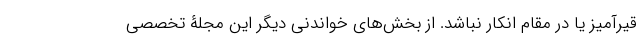
قیرآمیز یا در مقام انکار نباشد. از بخش‌های خواندنی دیگر این مجلۀ تخصصی